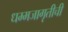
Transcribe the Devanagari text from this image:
धम्मजागृतीची